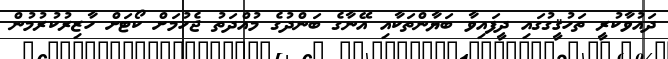
ދައުވާކުރީ ތަހުޤީގުގައި ދީފައިވާ ބަޔާންތަކާއި އޭނާގެ ބަންދުގެ މުއްދަތު ޖެހުމަށް ކޯޓަށް ހާޒިރުކުރުމުން